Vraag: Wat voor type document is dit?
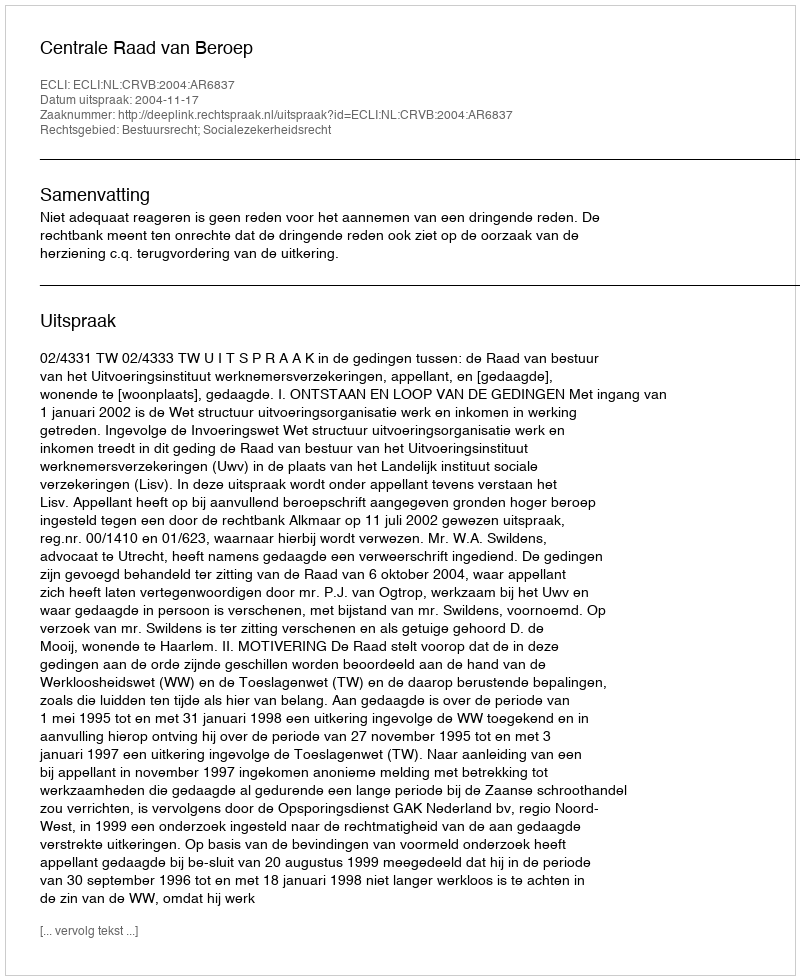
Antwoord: Uitspraak